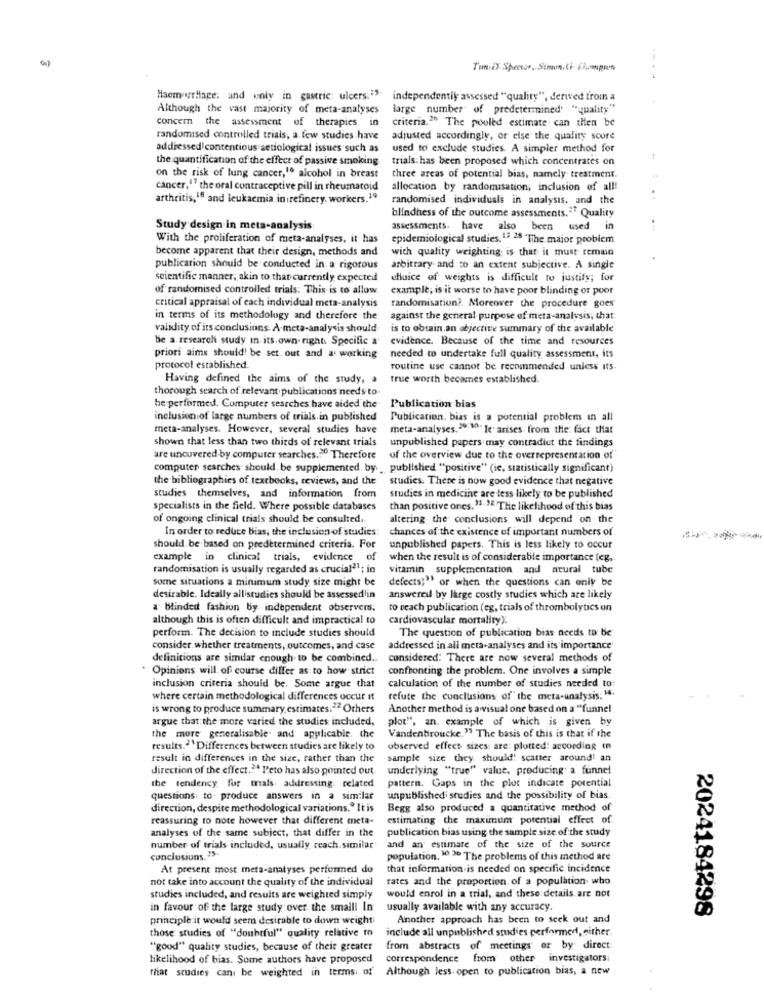
()
TunD: Spector. Simun, Ci- Fhcompren
HaemorrHage, and only in gastric: ulcers:"".
independentik assessed "quality", derived from a
Although the vast majority of meta-analyses
large number of predetermined' "quality"
concern the assessment of therapies in
criteria.2" The pooled estimate can then be
randomised controlled trials, a few studies have
adjusted accordingly, or else the quality score
addressed contentious setiological issues such as
used to exclude studies. A simpler method for
the quantification of the effect of passive smoking
trials: has been proposed which concentrates on
on the risk of lung cancer,1º alcohol in breast
three areas of potential bias, namely treatment.
cancer,17 the oral contraceptive pill in rheumatoid
allocation by randomisation; inclusion of all!
arthritis, 18 and leukaemia. in irefinery. workers.19
randomised individuals in analysis, and the
..
blindness of the outcome assessments. " Quality
Study design in meta-analysis
assessments. have also been used in
. ..
With the proliferation of meta-analyses, it has
epidemiological studies. 13 28 The major problem
become apparent that their design, methods and
with quality weighting is that it must remain
publication should be conducted in a rigorous
arbitrary and co an extent subjective. A single
scientific manner, akin to that currently expected
choice of weights is difficult to justify; for
of randomised controlled trials: This is to allow
example, is it worse to have poor blinding or poor
critical appraisal of each individual meta-analysis
randomisation ?. Moreover the procedure goes
in terms of its methodology and therefore the
against the general purpose of meta-analysis, that
validity of its conclusions. A.meta-analysis should
is to obtain.an objective summary of the available
be a research study in its own right. Specific a
evidence. Because of the time and resources
priori aims should! be set. out and a working
needed to undertake full quality assessment, its
protocol established.
routine use cannot be recommended unless its
Having defined the aims of the study, a
true worth becomes established.
thorough search of relevant publications needs to.
be performed. Computer searches have aided the
Publication bias
inclusion of large numbers of trials.in published
Publication. bias is a potential problem in all
meta-analyses. However, several studies have
meta-analyses. >9: "); le. arises from the: fact that
shown that less than two thirds of relevant trials
unpublished papers may contradiut the findings
are uncovered by computer searches .. Therefore
of the overview due to the overrepresentation of
computer searches should be supplemented, by. published "positive" (ie, statistically significant)
the bibliographies of textbooks, reviews, and the
studies. There is now good evidence that negative
studies themselves, and information from
studies in medicine are less likely to be published
specialists in the field. Where possible databases
than positive ones. "1 " The likelihood of this bias
of ongoing clinical trials should be consulted.
altering the conclusions will depend on the
In order to reduce bias, the inclusion of studies:
chances of the existence of important numbers of
should be based on predetermined criteria. For
unpublished papers. This is less likely to occur
example in clinical trials, evidence of
when the result is of considerable importance (eg,
randomisation is usually regarded as crucial21; in
vitamin supplementation and neural tube
some situations a minimum study size might be
defects;" or when the questions can only be
desirable. Ideally allistudies should be assessedlin
answered by large costly studies which are likely
a blinded fashion by independent observers.
to reach publication (eg, trials of thrombolytics on
although this is often difficult and impractical to
cardiovascular mortality).
The question of publication bias needs to be
perform. The decision to include studies should
consider whether treatments, outcomes, and case
addressed in all meta-analyses and its importance
definitions are similar enough to be combined ..
considered: There are now several methods of
. Opinions will. of course differ as to how strict
confronting the problem. One involves a simple
inclusion criteria should be. Some argue that
calculation of the number of studies needed to:
where certain methodological differences occur it
refute the conclusions of the meta-analysis. "4.
is wrong to produce summary estimates.22Others
Another method is awvisual one based on a "funnel
argue that the more varied the studies included,
plot"", an. example of which is given by
the more generalisable. and applicable. the
Vandenbroucke." The basis of this is that if the
results.ª Differences between studies are likely to
observed effect sizes: are: plotted: according in
result in differences in the size, rather than the
sample size they should! scatter aroundt an
direction of the effect .. . Peto has also pointed out.
underlying "true" value, producing' a funnel
pattern. Gaps in the plot indicate potential
the tendency for trials. addressing: related
questions: to produce answers in a similar
unpublished studies and the possibility of bias.
direction, despite methodological variations.º It is
Begg also produced a quantitative method of
reassuring to note however that different meta-
estimating the maxinum potential effect of
analyses of the same subject, that differ in the
publication bias using the sample size of the study
number of trials included, usually reach.similar
and an estimate of the size of the source
conclusions. ">.
population. 10 > The problems of this method are
At present most meta-analyses performed do
that information is needed on specific incidence
not take into account the quality of the individual
rates and the proportion of a population who
studies included, and results are weighted simply
would enrol in a trial, and these details are not
in favour of the large study over the smalll In
usually available with any accuracy.
2024184298
principle it would seem desirable to down weight
Another approach has been to seek out and
include all unpublished studies performed, either
those studies of "doubtful" quality relative to
"good" quality studies, because of their greater
from abstracts of meetings or by direct
likelihood of bias. Some authors have proposed
correspondence from other investigators;
that studies can be weighted in terms of
Although less. open to publication bias, a new